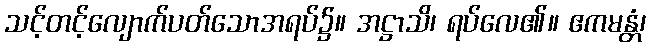
သင့်တင့်လျောက်ပတ်သောအရပ်၌။ အဋ္ဌာသိ၊ ရပ်လေ၏။ ဧကမန္တံ၊